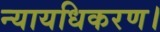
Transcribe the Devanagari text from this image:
न्यायधिकरण।